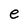
Character: e